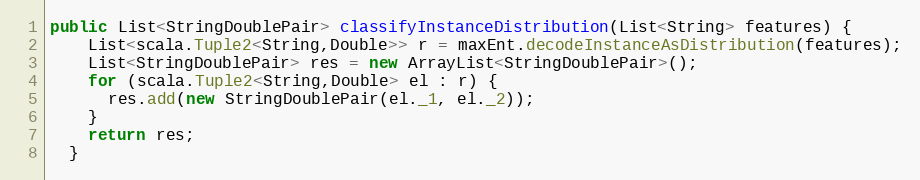
Language: Java
public List<StringDoublePair> classifyInstanceDistribution(List<String> features) {
    List<scala.Tuple2<String,Double>> r = maxEnt.decodeInstanceAsDistribution(features);
    List<StringDoublePair> res = new ArrayList<StringDoublePair>();
    for (scala.Tuple2<String,Double> el : r) {
      res.add(new StringDoublePair(el._1, el._2));
    }
    return res;
  }